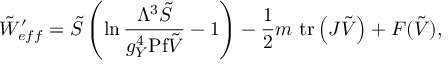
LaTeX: \tilde { W } _ { e f f } ^ { \prime } = \tilde { S } \left( \ln { \frac { \Lambda ^ { 3 } \tilde { S } } { g _ { Y } ^ { 4 } \mathrm { P f } \tilde { V } } } - 1 \right) - { \frac { 1 } { 2 } } m \ \mathrm { t r } \left( J \tilde { V } \right) + { \cal F } ( \tilde { V } ) ,